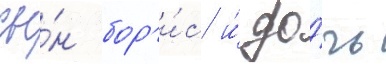
сы́н бор'и́с и́ до́чь